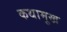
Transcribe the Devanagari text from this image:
कथामुख